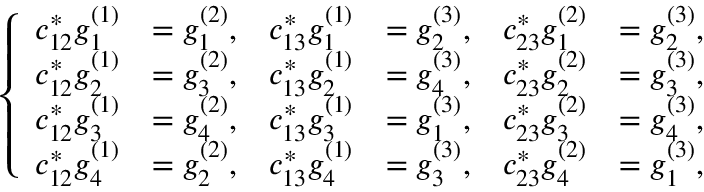
\left\{ \begin{array} { r l r l r l } { c _ { 1 2 } ^ { \ast } g _ { 1 } ^ { ( 1 ) } } & { = g _ { 1 } ^ { ( 2 ) } , } & { c _ { 1 3 } ^ { \ast } g _ { 1 } ^ { ( 1 ) } } & { = g _ { 2 } ^ { ( 3 ) } , } & { c _ { 2 3 } ^ { \ast } g _ { 1 } ^ { ( 2 ) } } & { = g _ { 2 } ^ { ( 3 ) } , } \\ { c _ { 1 2 } ^ { \ast } g _ { 2 } ^ { ( 1 ) } } & { = g _ { 3 } ^ { ( 2 ) } , } & { c _ { 1 3 } ^ { \ast } g _ { 2 } ^ { ( 1 ) } } & { = g _ { 4 } ^ { ( 3 ) } , } & { c _ { 2 3 } ^ { \ast } g _ { 2 } ^ { ( 2 ) } } & { = g _ { 3 } ^ { ( 3 ) } , } \\ { c _ { 1 2 } ^ { \ast } g _ { 3 } ^ { ( 1 ) } } & { = g _ { 4 } ^ { ( 2 ) } , } & { c _ { 1 3 } ^ { \ast } g _ { 3 } ^ { ( 1 ) } } & { = g _ { 1 } ^ { ( 3 ) } , } & { c _ { 2 3 } ^ { \ast } g _ { 3 } ^ { ( 2 ) } } & { = g _ { 4 } ^ { ( 3 ) } , } \\ { c _ { 1 2 } ^ { \ast } g _ { 4 } ^ { ( 1 ) } } & { = g _ { 2 } ^ { ( 2 ) } , } & { c _ { 1 3 } ^ { \ast } g _ { 4 } ^ { ( 1 ) } } & { = g _ { 3 } ^ { ( 3 ) } , } & { c _ { 2 3 } ^ { \ast } g _ { 4 } ^ { ( 2 ) } } & { = g _ { 1 } ^ { ( 3 ) } , } \end{array} \right.